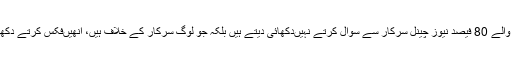
ان کی ملکیت والے 80 فیصد نیوز چینل سرکار سے سوال کرتے نہیںدکھائی دیتے ہیں بلکہ جو لوگ سرکار کے خلاف ہیں، انھیںفکس کرتے دکھائی دیتے ہیں۔